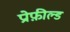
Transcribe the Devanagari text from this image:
प्रोफ़ील्ड